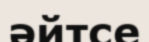
әйтсе